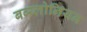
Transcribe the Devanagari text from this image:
बब्य्लोनियन